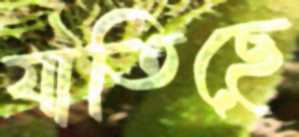
যাতিছে